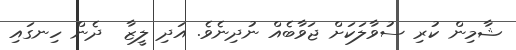
ޝާމިން ކުރި ސުވާލަކަށް ޖަވާބެއް ނުދިނެވެ. އަދި ލީޒާ  ދެން ހިނގައި